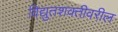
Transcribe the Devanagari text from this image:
विद्युतशक्तीवरील